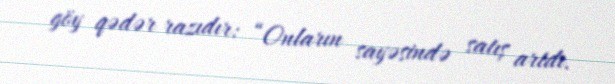
göy qədər razıdır: “Onların sayəsində satış artdı.